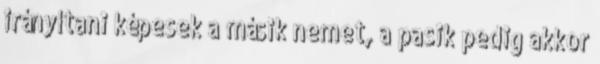
irányítani képesek a másik nemet, a pasik pedig akkor